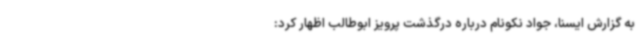
به گزارش ایسنا، جواد نکونام درباره درگذشت پرویز ابوطالب اظهار کرد: